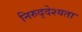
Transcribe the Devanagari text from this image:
निरुद्देश्यता